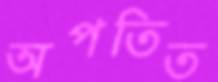
অপতিত